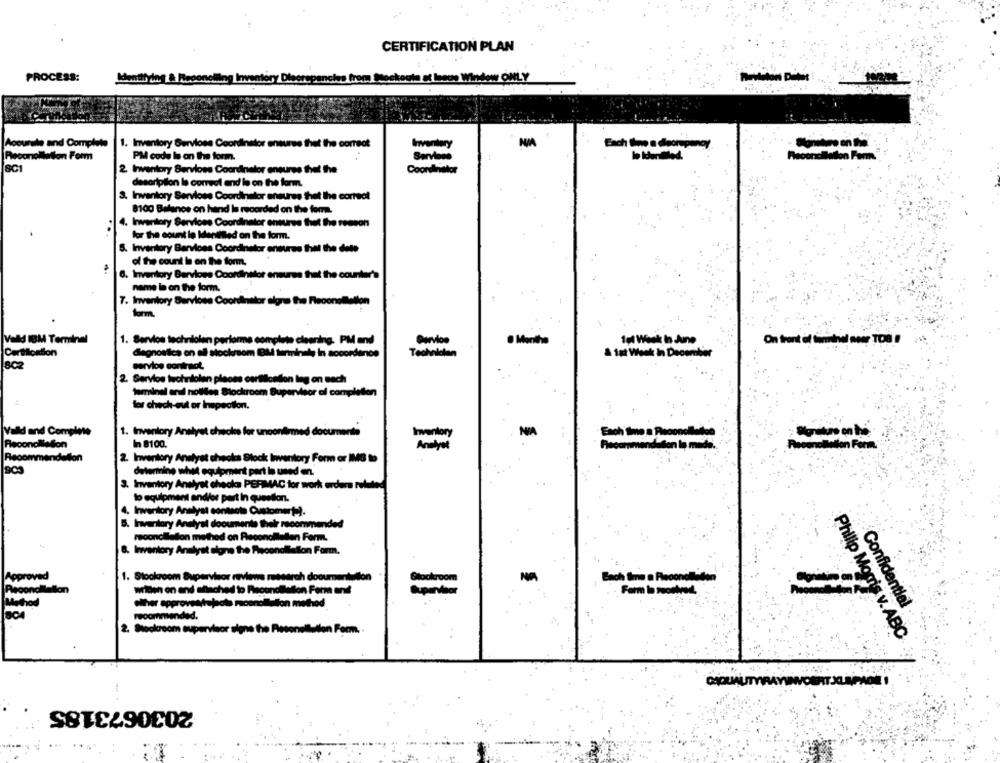
CERTIFICATION PLAN
PROCESS:
Identifying & Reconolling Inventory Discrepancies from Stockouta at leeds Window ONLY
Accurate and Complete
1. Inventory Servicee Coordinator ensures that the correct
PM code Is on the form.
Serviere
8C1
Coordinator
2 Inventory Services Coordinator ensures that the
description le correel end le on the form.
3. Inventory Services Coordinator ensures that the correct
8100 Balance on hand Is recorded on the fem.
4. Irwenstory Services Coordinator ensures that the reason
for the count le Identified on the form.
5. Inventory Bandloss Coordinator enturas thel the dete
of the count in on the form.
6. Inverttory Bervioss Coordinator ensures that the counter's
name in on the form.
7. Inventory Services Coordinator signs the Fleconotation
form.
M Ten
1. Service technilolen performs complete cleaning. PM and
. Menthe
1ol Week In June
On front of tunnel moer TOB
Certilord
diagnostica on all stockmom BM terminal, in accordance
Technician
& 1st Week In December
802
service contract.
2. Service techriolen pleoss certification ling on nach
terminal aral nolifes Stockroom Supervisor of completion
for chech-out or Inspection.
Valld and Comp
1. Inventory Analyst checks for unconfirmed documents
NIA
Each time a Reconcile
Inventory
Reconciliation
In 8100.
Amelyet
Recommendeden la mmers.
Recomme
2. Inventory Analyst checks Stock Inventory Form or IMS to
determine what equipment part la uned en.
3. Inventory Analyst checks PERMAC for work order rut-ted
to equipment andler part In question.
4. Inventory Analyst contacto Customert -?.
5. Inventory Analysi dooumente their recommended
reconciliation method on Reconciliallen Ferm.
8. Inventory Analyst algne the Reconciliation Form.
1. Stookroom Supervisor reviews research documentullon
Bach firma a Pocondition
Recondi
willen on and allached to Risconciliation Form and
other approvestejoto meconclusion method
Confidential
2. Stockroom supervisor signe the Reconellution Ferm.
Philip Morris v. ABC
2030673185